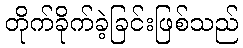
တိုက်ခိုက်ခဲ့ခြင်းဖြစ်သည်